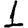
Digit: 1